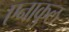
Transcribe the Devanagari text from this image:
एनाकुल